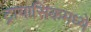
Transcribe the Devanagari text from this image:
ट्रायासिकमध्ये